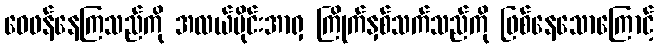
ဝေဖန်နေကြသည်ကို အလယ်ပိုင်းအာရှ ကြိုက်နှစ်သက်သည်ကို ဖြစ်နေသောကြောင့်